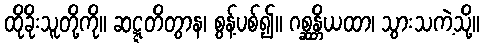
ထိုခိုးသူတို့ကို။ ဆဋ္ဋတိတွာန၊ စွန့်ပစ်၍။ ဂစ္ဆန္တိယထာ၊ သွားသကဲ့သို့။